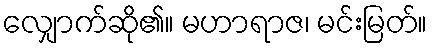
လျှောက်ဆို၏။ မဟာရာဇ၊ မင်းမြတ်။